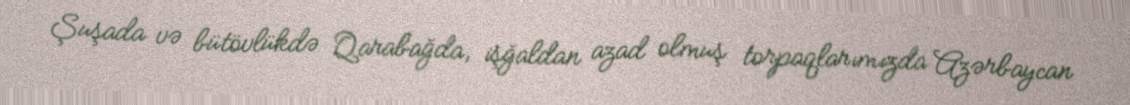
Şuşada və bütövlükdə Qarabağda, işğaldan azad olmuş torpaqlarımızda Azərbaycan